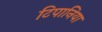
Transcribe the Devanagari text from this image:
टिपानिया